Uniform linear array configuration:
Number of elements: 64
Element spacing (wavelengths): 0.5
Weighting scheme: cosine
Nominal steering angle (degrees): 45
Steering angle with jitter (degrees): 44.306
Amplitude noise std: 0.05
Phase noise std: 0.05

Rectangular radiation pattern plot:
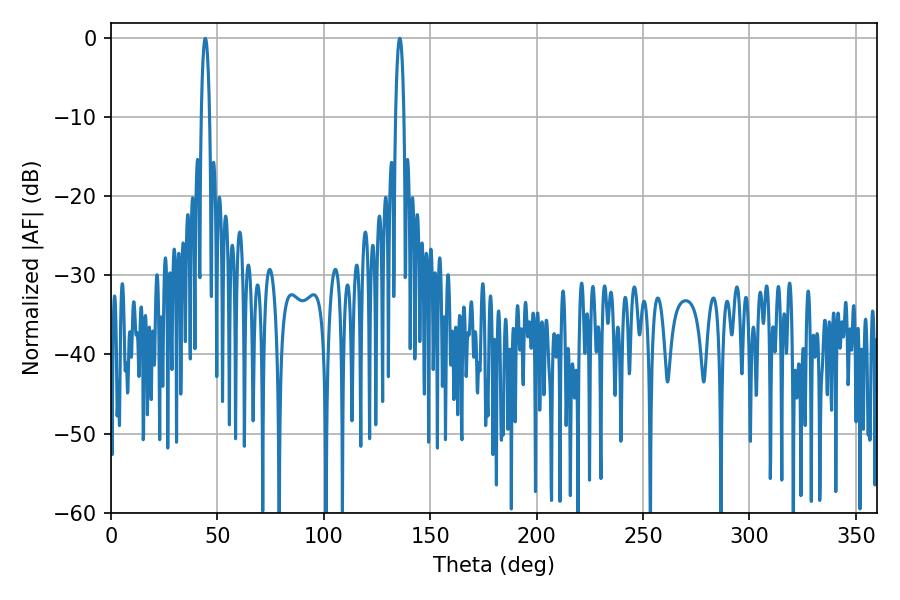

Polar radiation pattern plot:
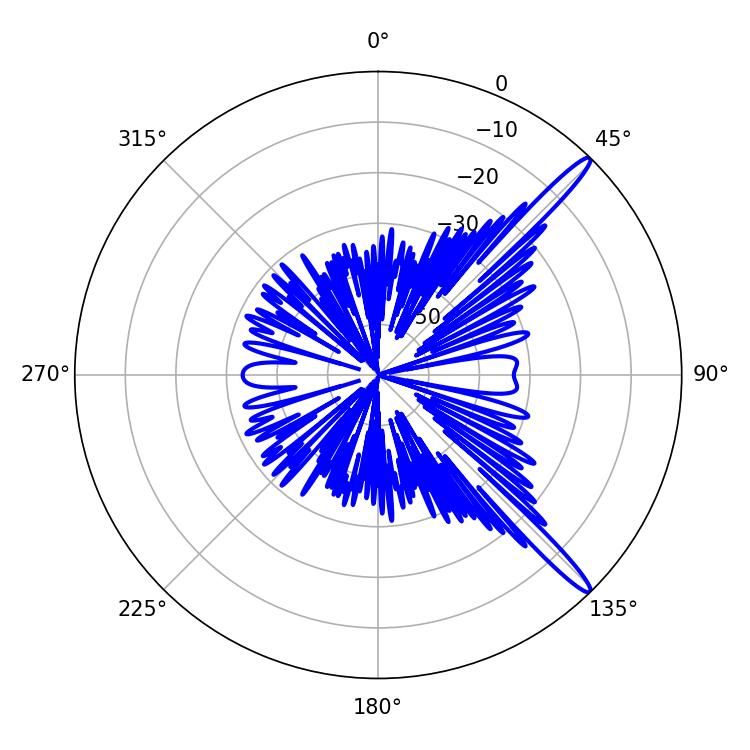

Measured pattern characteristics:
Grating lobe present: FALSE
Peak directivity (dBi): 15.129
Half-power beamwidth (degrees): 2.16
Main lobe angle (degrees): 44.28